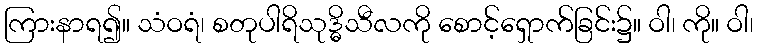
ကြားနာရ၍။ သံဝရံ၊ စတုပါရိသုဒ္ဓိသီလကို စောင့်ရှောက်ခြင်း၌။ ဝါ၊ ကို။ ဝါ၊